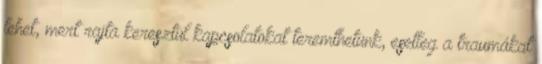
lehet, mert rajta keresztül kapcsolatokat teremthetünk, esetleg a traumákat